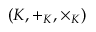
( K , + _ { K } , \times _ { K } )